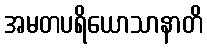
အမတပရိယောသာနာတိ